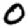
Digit: 0